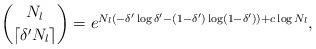
LaTeX: \begin{align*}\binom{N_l}{\lceil \delta' N_l \rceil}=e^{N_l(-\delta'\log\delta'-(1-\delta')\log(1-\delta'))+c\log N_l},\end{align*}